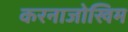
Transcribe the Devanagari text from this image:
करनाजोखिम